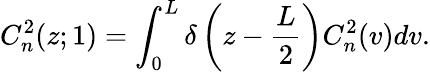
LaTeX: C_{n}^{2}(z;1)=\int_{0}^{L}\delta\left(z-\frac{L}{2}\right)C_{n}^{2}(v)dv.